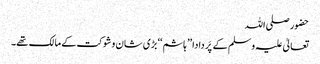
حضور صلی اللہ
تعالیٰ علیہ وسلم کے پَر دادا ’’ ہاشم ‘‘ بڑی شان و شوکت کے مالک تھے۔